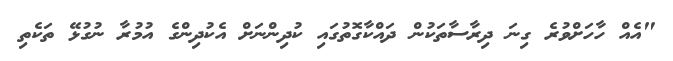
"އެއް ހާހަށްވުރެ ގިނަ ދިރާސާތަކުން ދައްކާގޮތުގައި ކުދިންނަށް އެކުދިންގެ އުމުރާ ނުގުޅޭ ތަކެތި